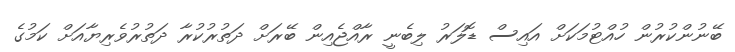
ބޭނުންކުރުން ހުއްޓުމަކަށް އައިސް ޑޮލަރު ލިބެނީ ރާއްޖެއިން ބޭރަށް ދަތުރުކުރާ ދަތުރުވެރިޔާއަށް ކަމުގެ